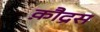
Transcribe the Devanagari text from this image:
क़ौद्रस